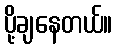
ပို့ချနေတယ်။